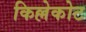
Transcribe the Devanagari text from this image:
किल्लेकोट